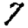
Digit: 7